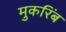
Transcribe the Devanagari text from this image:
मुकरिंब